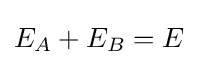
E_{A}+E_{B}=E